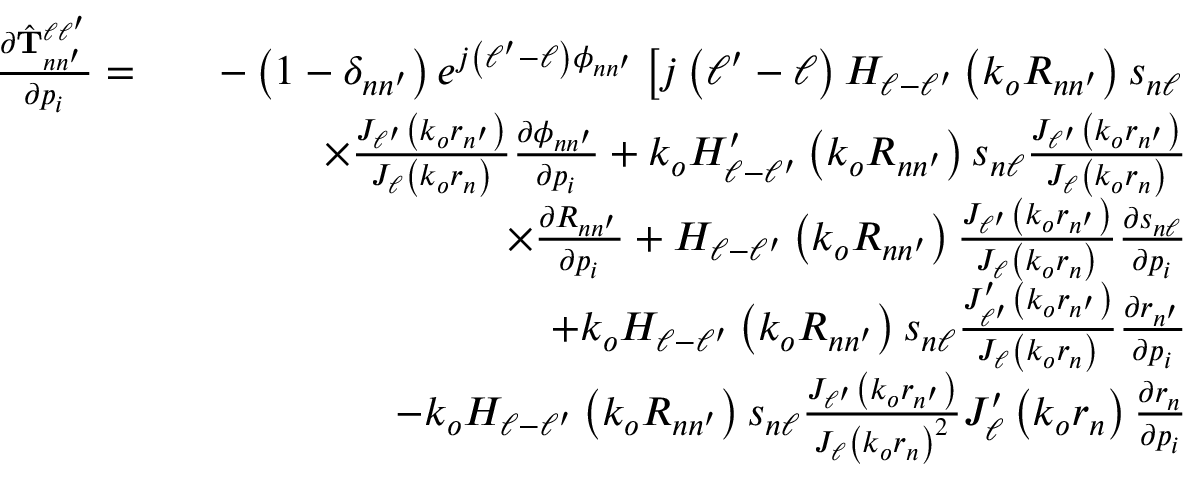
\begin{array} { r l r } { \frac { \partial \hat { \mathbf { T } } _ { n n ^ { \prime } } ^ { \ell \ell ^ { \prime } } } { \partial p _ { i } } = } & { } & { - \left( 1 - \delta _ { n n ^ { \prime } } \right) e ^ { j \left( \ell ^ { \prime } - \ell \right) \phi _ { n n ^ { \prime } } } \left[ j \left( \ell ^ { \prime } - \ell \right) H _ { \ell - \ell ^ { \prime } } \left( k _ { o } R _ { n n ^ { \prime } } \right) s _ { n \ell } \right. } \\ & { } & { \times \frac { J _ { \ell ^ { \prime } } \left( k _ { o } r _ { n ^ { \prime } } \right) } { J _ { \ell } \left( k _ { o } r _ { n } \right) } \frac { \partial \phi _ { n n ^ { \prime } } } { \partial p _ { i } } + k _ { o } H _ { \ell - \ell ^ { \prime } } ^ { \prime } \left( k _ { o } R _ { n n ^ { \prime } } \right) s _ { n \ell } \frac { J _ { \ell ^ { \prime } } \left( k _ { o } r _ { n ^ { \prime } } \right) } { J _ { \ell } \left( k _ { o } r _ { n } \right) } } \\ & { } & { \times \frac { \partial R _ { n n ^ { \prime } } } { \partial p _ { i } } + H _ { \ell - \ell ^ { \prime } } \left( k _ { o } R _ { n n ^ { \prime } } \right) \frac { J _ { \ell ^ { \prime } } \left( k _ { o } r _ { n ^ { \prime } } \right) } { J _ { \ell } \left( k _ { o } r _ { n } \right) } \frac { \partial s _ { n \ell } } { \partial p _ { i } } } \\ & { } & { + k _ { o } H _ { \ell - \ell ^ { \prime } } \left( k _ { o } R _ { n n ^ { \prime } } \right) s _ { n \ell } \frac { J _ { \ell ^ { \prime } } ^ { \prime } \left( k _ { o } r _ { n ^ { \prime } } \right) } { J _ { \ell } \left( k _ { o } r _ { n } \right) } \frac { \partial r _ { n ^ { \prime } } } { \partial p _ { i } } } \\ & { } & { - k _ { o } H _ { \ell - \ell ^ { \prime } } \left( k _ { o } R _ { n n ^ { \prime } } \right) s _ { n \ell } \frac { J _ { \ell ^ { \prime } } \left( k _ { o } r _ { n ^ { \prime } } \right) } { J _ { \ell } \left( k _ { o } r _ { n } \right) ^ { 2 } } J _ { \ell } ^ { \prime } \left( k _ { o } r _ { n } \right) \frac { \partial r _ { n } } { \partial p _ { i } } } \end{array}